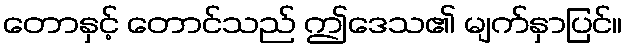
တောနှင့် တောင်သည် ဤဒေသ၏ မျက်နှာပြင်။